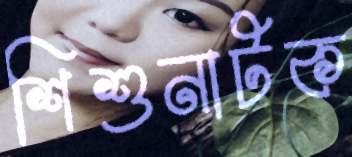
শিশুনাটক